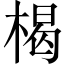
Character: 楬